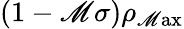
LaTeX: (1-\mathscr{M}\sigma)\rho_{\mathrm{{\mathscr{M}ax}}}